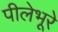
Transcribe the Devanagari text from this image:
पीलेभूरे